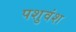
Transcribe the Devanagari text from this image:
पशुवंश